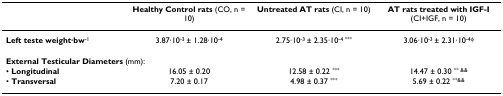
|  | Healthy Control rats (CO, n = 10) | Untreated AT rats (CI, n = 10) | AT rats treated with IGF-I (CI+IGF, n = 10) |
 | --- | --- | --- | --- |
 | Left teste weight·bw-1 | 3.87·10-3 ± 1.28·10-4 | 2.75·10-3 ± 2.35·10-4 *** | 3.06·10-3 ± 2.31·10-4φ |
 | <COLSPAN=4> External Testicular Diameters (mm): |
 | • Longitudinal | 16.05 ± 0.20 | 12.58 ± 0.22 *** | 14.47 ± 0.30 ** && |
 | • Transversal | 7.20 ± 0.17 | 4.98 ± 0.37 *** | 5.69 ± 0.22 **&& |